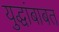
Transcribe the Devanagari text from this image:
युद्धांबाबत